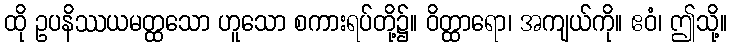
ထို ဥပနိဿယမတ္ထသော ဟူသော စကားရပ်တို့၌။ ဝိတ္ထာရော၊ အကျယ်ကို။ ဧဝံ၊ ဤသို့။